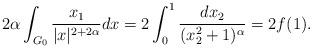
LaTeX: \begin{align*}2\alpha \int_{G_0} \frac{x_1}{|x|^{2+2\alpha}} dx = 2 \int_0^1 \frac{dx_2}{(x_2^2+1)^\alpha} = 2f(1).\end{align*}